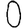
Digit: 0